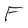
Character: F